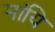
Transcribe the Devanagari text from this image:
मांयि